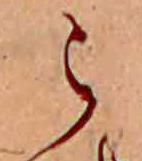
ら